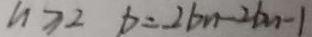
n \geq 2 b = - 2 b _ { n } - 2 b _ { n - 1 }